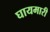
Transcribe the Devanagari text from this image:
घायमारी